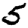
Digit: 5